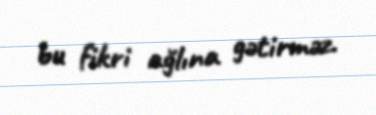
bu fikri ağlına gətirməz.